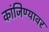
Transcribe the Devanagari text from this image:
कांजिण्यावर